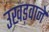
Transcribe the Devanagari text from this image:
उखड़वाने